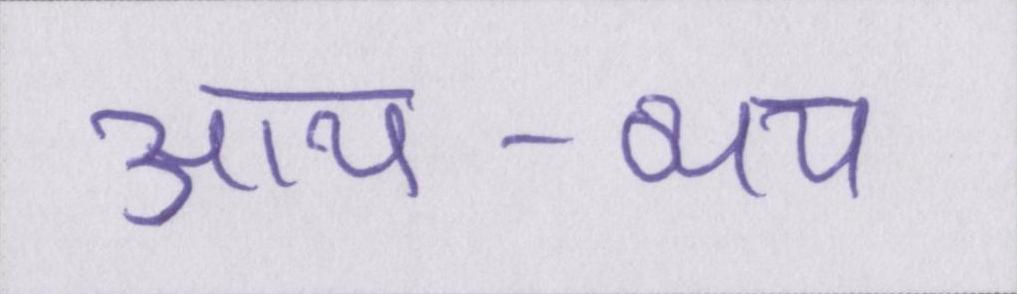
आय-व्यय